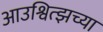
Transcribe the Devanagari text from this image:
आउश्वित्झच्या